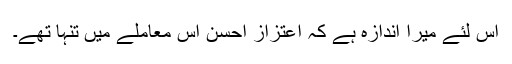
اس لئے میرا اندازہ ہے کہ اعتزاز احسن اس معاملے میں تنہا تھے۔